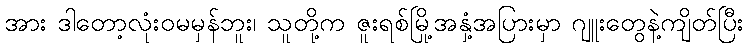
အား ဒါတော့လုံးဝမမှန်ဘူး၊ သူတို့က ဇူးရစ်မြို့အနှံ့အပြားမှာ ဂျူးတွေနဲ့ကျိတ်ပြီး